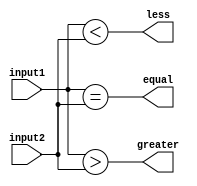
module comparator (
    input [3:0] input1,
    input [3:0] input2,
    output equal,
    output greater,
    output less
);

assign equal = (input1 == input2);
assign greater = (input1 > input2);
assign less = (input1 < input2);

endmodule